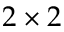
2 \times 2